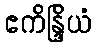
ဧကိန္ဒြိယံ